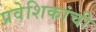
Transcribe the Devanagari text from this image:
प्रवेशिकांची